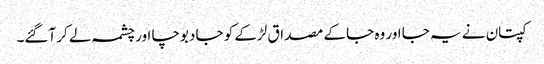
کپتان نے یہ جا اور وہ جا کے مصداق لڑکے کو جا دبوچا اور چشمہ لے کر آگئے۔